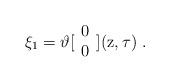
LaTeX: \begin{align*}\xi_1 = \vartheta [ \begin{array}{c} 0 \\ 0\end{array} ] ( {\rm z} , \tau ) \ .\end{align*}